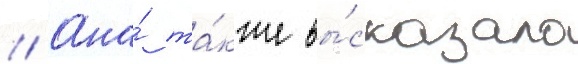
// Она́ та́кже вы́сказала